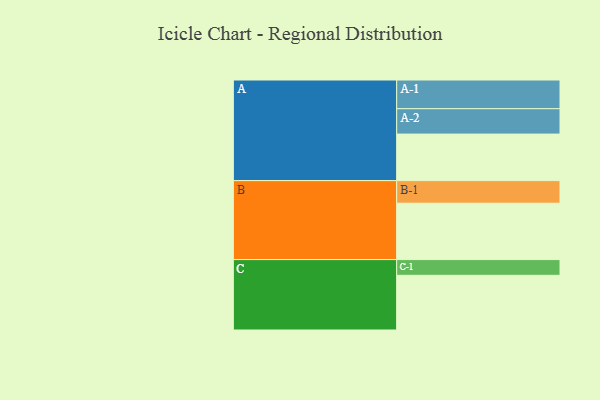
{"axis": {"x": "Segment", "y": "Value"}, "legend": ["", "A", "B", "C"], "data": [{"x": "A", "y": 473, "type": ""}, {"x": "B", "y": 573, "type": ""}, {"x": "C", "y": 556, "type": ""}, {"x": "A-1", "y": 292, "type": "A"}, {"x": "A-2", "y": 258, "type": "A"}, {"x": "B-1", "y": 230, "type": "B"}, {"x": "C-1", "y": 160, "type": "C"}]}